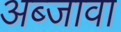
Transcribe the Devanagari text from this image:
अब्जावा